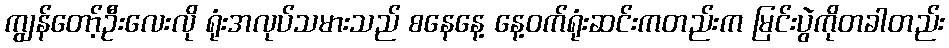
ကျွန်တော့်ဦးလေးလို ရုံးအလုပ်သမားသည် စနေနေ့ နေ့ဝက်ရုံးဆင်းကတည်းက မြင်းပွဲကိုတခါတည်း